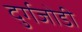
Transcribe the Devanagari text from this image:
दुर्गजोडी